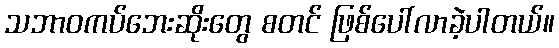
သဘာဝကပ်ဘေးဆိုးတွေ စတင် ဖြစ်ပေါ်လာခဲ့ပါတယ်။